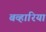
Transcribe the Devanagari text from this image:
बव्हारिया